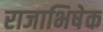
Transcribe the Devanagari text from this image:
राजाभिषेक